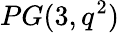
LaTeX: PG(3,q^{2})